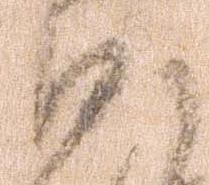
沙